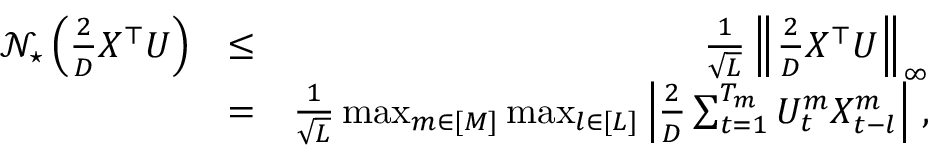
\begin{array} { r l r } { { \mathcal N } _ { \star } \left( \frac 2 D X ^ { \top } \boldsymbol { U } \right) } & { \leq } & { \frac 1 { \sqrt L } \left\Vert \frac 2 D X ^ { \top } \boldsymbol { U } \right\Vert _ { \infty } } \\ & { = } & { \frac 1 { \sqrt L } \operatorname* { m a x } _ { m \in [ M ] } \operatorname* { m a x } _ { l \in [ L ] } \left\vert \frac 2 D \sum _ { t = 1 } ^ { T _ { m } } U _ { t } ^ { m } X _ { t - l } ^ { m } \right\vert \, , } \end{array}